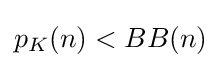
{\textstyle p_{K}(n)<BB(n)}